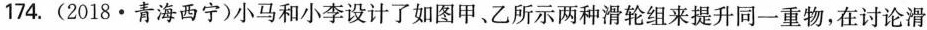
174.(2018·青海西宁)小马和小李设计了如图甲、乙所示两种滑轮组来提升同一重物，在讨论滑